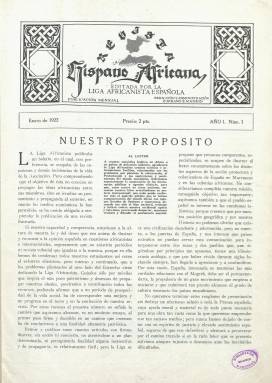
Título: Revista hispano africana
Otros títulos: Revista hispano-africana
Colección: África
Ámbito geográfico: Madrid
Lugar de publicación: Madrid
Fechas: 01/01/1922-30/11/1931

Publicación mensual, editada por la Liga Africanista Española, organización que había sido constituida en Madrid, el diez de enero de 1913, a los pocos meses de quedar establecido el denominado Protectorado español de Marruecos. Su objeto fue influir en los poderes públicos y la opinión general sobre los intereses coloniales españoles en África. Entre 1913 y 1917 había publicado como “órgano oficial” la revista África española y a partir de abril de 1918 el Boletín de la Liga Africanista Española, títulos estos que también forman parte de la colección hemerográfica de la Biblioteca Nacional de España. Esta nueva revista mensual comenzará a editarla, en sustitución del citado Boletín, a parir de enero de 1922. Con ella, la Liga recupera su propósito de “irradiar su pensamiento y propaganda al exterior” e “ilustrar y encauzar a la opinión española en cuestiones africanistas e internacionales”, tal como expresa en su primera entrega.

Para ello publicará artículos de prestigiosas firmas, “competentes y especializadas”, para “ilustrar al lector constantemente sobre los distintos aspectos de la acción protectora y colonizadora” de España en Marruecos y en las colonias africanas, extensibles también a las áreas del Sáhara o Fernando Poo, además de aspirar a que se abra en España un interés por las “cuestiones islámicas”. Quizás es la publicación de mayor calidad y ambición africanista de la época, a juicio de Manuela Marín (2013), en la que publicarán artículos desde el historiador y filólogo Américo Castro (1885-1972), que escribirá sobre la lengua judeo-española en Marruecos, hasta “ilustres representantes del colonialismo hispano”, como el arabista y después diplomático Clemente Cerdeira Fernández (1887-1942) o el paleontólogo Ángel Cabrera Latorre (1879-1960), que entonces era secretario de la Real Sociedad de Historia Natural. Además, será una revista profusamente ilustrada con fotograbados, además de dibujos, mapas, planos o croquis. Entre los autores de sus fotografías aparecerá el nombre de Lázaro.

Trata asuntos de política colonial y exterior y ofrecerá estudios históricos, geográficos, demográficos o sobre literatura, arqueología, arte, religión, costumbres y folclore, enseñanza, indigenismo, urbanismo o arquitectura, y también sobre asuntos agrícolas, turísticos, y sobre operaciones y asuntos militares. También ofrece información financiera, económica, industrial y comercial, y noticias sobre el Marruecos francés. Tiene secciones de Bibliografía y Revista de revistas, así como otra bajo el epígrafe Mundo musulmán (con informaciones de Turquía, Afganistán, Palestina, Siria, Egipto, etc.), y a partir de 1929, contará con otra titulada Mundo hebreo.

Actuará como director de la revista José Antonio de Sangróniz y Castro (1895-1980), que fue vicesecretario y secretario de la Liga y después será secretario de la Unión Íbero-Americana, presidida por el Duque de Alba (1902-1953), redactor de su Revista de las Españas (1926-1936), y uno de los más importantes diplomáticos del régimen franquista, y de tradición monárquica. En el cuadro de redactores se encontraban el abogado y publicista Emilio Dugi de Merás, Rodolfo Gil y Torres, Ricardo de Jaspe Santomá, Daniel Fernández-Shaw, José Vega Alcalá y Salvador Cabeza Anido.

Entre las firmas de sus textos aparecen, además de las de Sangróniz (a veces, con sus iniciales J.A. de S.), la del diputado Arsenio Martínez de Campos, que también fue secretario y vicesecretario de la Liga, y que publicará, entre otros, Impresiones de un viaje; las del africanista y senador Antonio Goicoechea, que había reemplazado a Antonio Maura en la presidencia de la Liga, en enero de 1923; las de sus vicepresidentes Luis Rodríguez de Viguri (exministro) , Antonio Royo Villanova (senador) y Carlos García Alonso (catedrático); la del también catedrático de la Universidad Central José de Yanguas, las del académico Manuel L. Ortega Pinacho, y las del teniente coronel Emilio Bonellí, Carlos García Alonso, Tomás García Figueras, Hilarión González del Castillo, Rodolfo Gil Benumeya Torres, Ángel González Palencia, Leopoldo Ruiz Trillo, Manuel del Nido, A. Martín Pajares, A. Valle Lersundi, Isidro de las Cagigas, Manuel Orbea, Ignacio Bauer, J. Dantin, o la de la única mujer que colabora en sus páginas, Margarita Ruiz de Lihory (1889-1968), que usará el seudónimo Margarita Alcahalí (Manuela Marín: 2013).

Entre los miembros de la junta central de la Liga se encontraban militares, catedráticos, políticos, publicistas, abogados, académicos, ingenieros, o científicos, como Niceto Alcalá Zamora, el general Alberto Castro Girona o el catedrático de Árabe José Argüelles Vázquez, entre otros muchos. La revista contó con una de las subvenciones más elevadas de los fondos reservados del gobierno español y estuvo ligada a los medios militares africanistas como órgano al servicio de la información colonial (Martínez-Gallego: 2014).

Con paginación variada en sus entregas –generalmente, en torno a la treintena-, en los primeros años su foliación es continuada. Renumera cada año su secuencia y en sus cubiertas a veces se usa la tinta de color. Es estampada en papel cuché, y compuesta a dos y tres columnas. Lleva un sumario cada número y también inserta publicidad comercial. Algunas entregas serán dobles. La última corresponde a noviembre-diciembre de 1931.